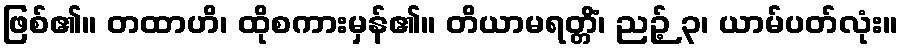
ဖြစ်၏။ တထာဟိ၊ ထိုစကားမှန်၏။ တိယာမရတ္တိံ၊ ညဉ့် ၃၊ ယာမ်ပတ်လုံး။